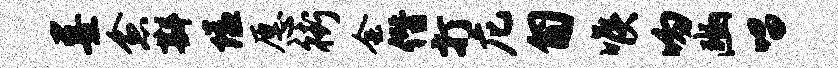
墨愈斟隘愿街会僭打庀匍喉吻豳唱